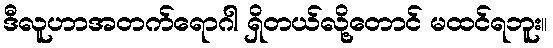
ဒီလူဟာအတက်ရောဂါ ရှိတယ်လို့တောင် မထင်ရဘူး။